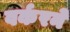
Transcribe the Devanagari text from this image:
वर्करने